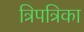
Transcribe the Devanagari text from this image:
त्रिपत्रिका